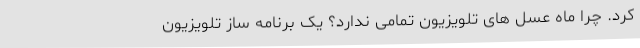
کرد. چرا ماه عسل های تلویزیون تمامی ندارد؟ یک برنامه ساز تلویزیون